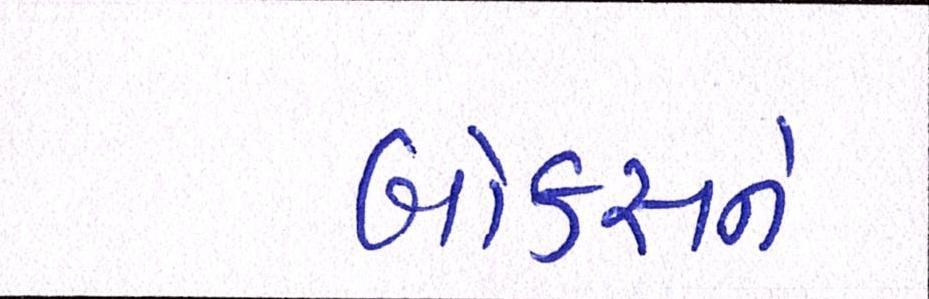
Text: બોક્સને